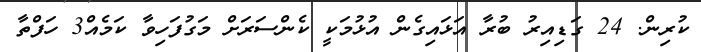
ކުރިން. 24 ގަޑިއިރު ބުރާ އަޅައިގެން އުޅުމަކީ ކެންސަރަށް މަގުފަހިވާ ކަމެއް3 ހަފްތާ